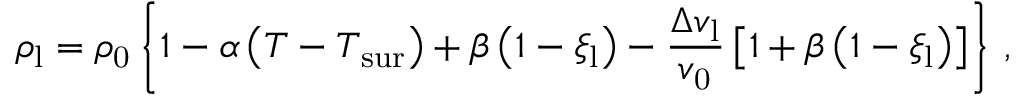
\rho _ { \mathrm { l } } = \rho _ { \mathrm { 0 } } \left\{ 1 - \alpha \left( T - T _ { \mathrm { s u r } } \right) + \beta \left( 1 - \xi _ { \mathrm { l } } \right) - \frac { \Delta v _ { \mathrm { l } } } { v _ { \mathrm { 0 } } } \left[ 1 + \beta \left( 1 - \xi _ { \mathrm { l } } \right) \right] \right\} \, ,